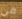
في